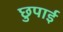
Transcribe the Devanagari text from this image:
छुपाई